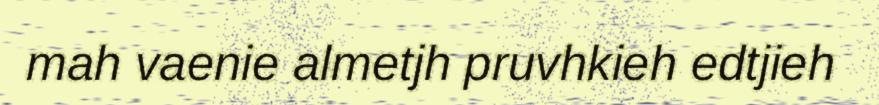
mah vaenie almetjh pruvhkieh edtjieh